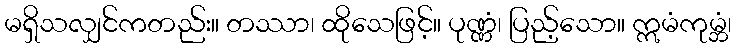
မရှိသလျှင်ကတည်း။ တဿာ၊ ထိုသေဖြင့်။ ပုဏ္ဏံ၊ ပြည့်သော။ ဣမံကုမ္ဘံ၊